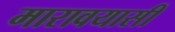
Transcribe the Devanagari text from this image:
मारावयासी